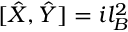
[ \hat { X } , \hat { Y } ] = i l _ { B } ^ { 2 }